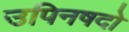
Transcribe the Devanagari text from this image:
उपिनषदो